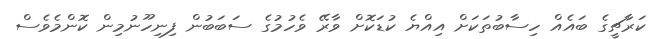
ކަރާޗީގެ ބައެއް ހިސާބުތަކަށް އިއްޔެ ކުޑަކޮށް ވާރޭ ވެހުމުގެ ސަބަބުން ފިނިހޫނުމިން ކޮންމެވެސް